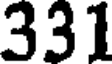
331